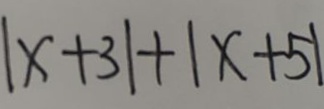
\vert x + 3 \vert + \vert x - 5 \vert